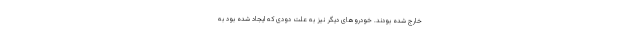
خارج شده بودند. خودروهای دیگر نیز به علت دودی که ایجاد شده بود به